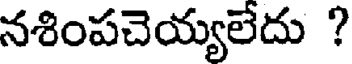
నశింపచెయ్యలేదు ?